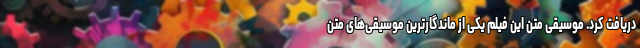
دریافت کرد. موسیقی متن این فیلم یکی از ماندگارترین موسیقی‌های متن